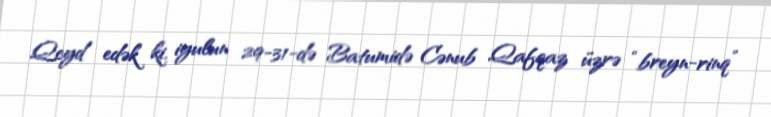
Qeyd edək ki, iyulun 29-31-də Batumidə Cənub Qafqaz üzrə “breyn-rinq”